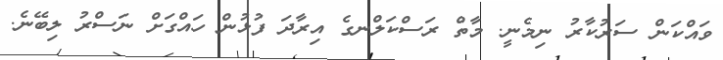
ވައްކަން ސަރުކާރު ނިމެނީ. މާތް ރަސްކަލްނގެ އިރާދަ ފުޅުން ހައްގަށް ނަސްރު ލިބޭނެ.